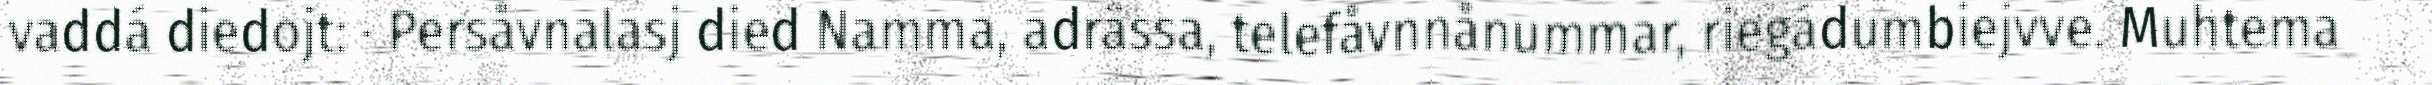
vaddá diedojt: · Persåvnalasj died Namma, adrässa, telefåvnnånummar, riegádumbiejvve. Muhtema